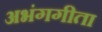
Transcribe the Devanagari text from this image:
अभंगगीता